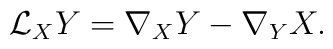
{\cal{L}}_{X}Y=\nabla _{X}Y-\nabla _{Y}X.